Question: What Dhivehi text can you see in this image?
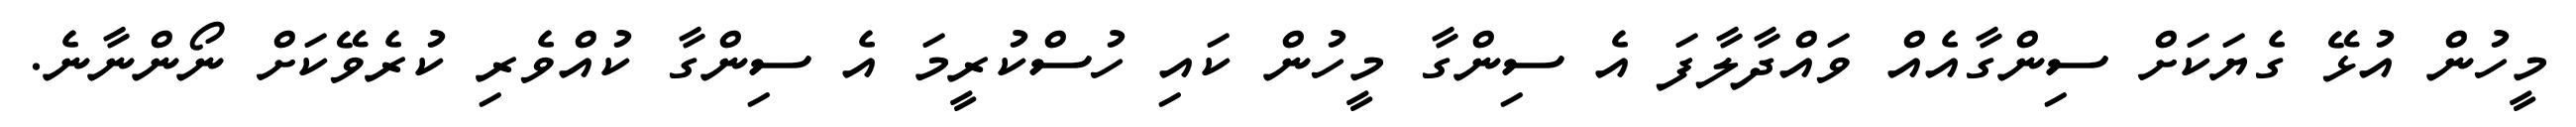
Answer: މީހުން އުޅޭ ގެޔަކަށް ސިންގާއެއް ވައްދާލާފަ އެ ސިންގާ މީހުން ކައި ހުސްކުރީމަ އެ ސިންގާ ކުއްވެރި ކުރެވޭކަށް ނޯންނާނެ.